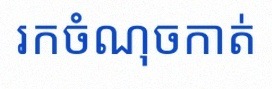
រកចំណុចកាត់